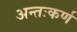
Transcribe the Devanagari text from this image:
अन्तःकर्ण